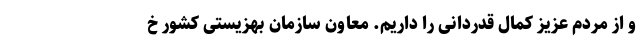
و از مردم عزیز کمال قدردانی را داریم. معاون سازمان بهزیستی کشور خ